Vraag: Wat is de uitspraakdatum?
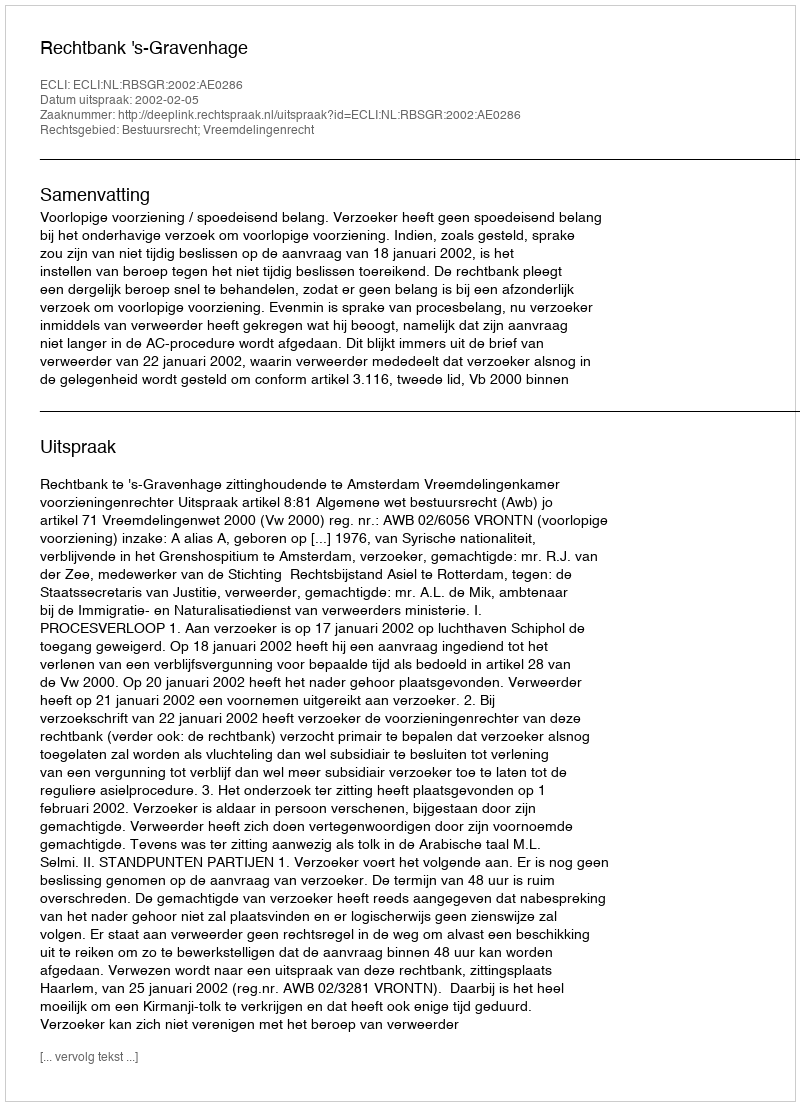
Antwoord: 2002-02-05